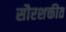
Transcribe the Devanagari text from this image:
सौरशक्तीत